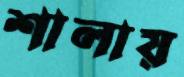
শালায়